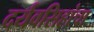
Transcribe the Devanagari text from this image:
दर्यवसिहांचा